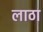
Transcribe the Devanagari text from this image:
लाठा